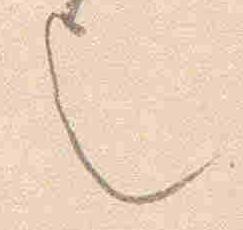
也